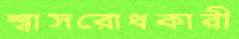
শ্বাসরোধকারী